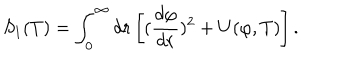
S _ { 1 } ( T ) = \int _ { 0 } ^ { \infty } d r \left[ ( { \frac { d \varphi } { d r } } ) ^ { 2 } + U ( \varphi , T ) \right] .